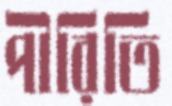
পীরিতি